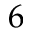
6